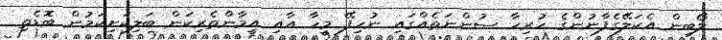
ލޯބިން އެކަލޭގެފާނުންގެ ހުރިހާ ސުންނަތެއްގައި ނުހިފޭ މީހާ އާއި އީމާންތެރިކަން ބަލިކަށިކަމުން ބޮޑެތި